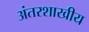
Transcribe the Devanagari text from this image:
अंतरशाखीय